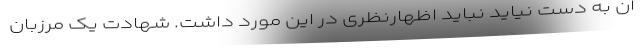
آن به دست نیاید نباید اظهارنظری در این مورد داشت. شهادت یک مرزبان